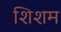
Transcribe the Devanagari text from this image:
शिशम